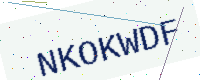
Text: NKOKWDF